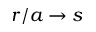
r / a \rightarrow s